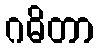
ဂဓိတာ